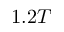
1 . 2 T